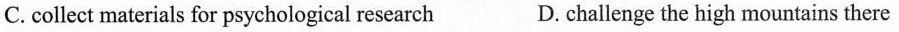
C.collect materials for psychological research D. challenge the high mountains there